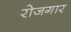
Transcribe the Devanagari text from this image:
राेजगार